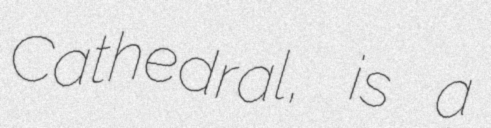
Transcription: Cathedral, is a